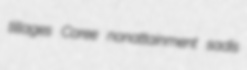
tillages Coree nonattainment sadis